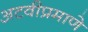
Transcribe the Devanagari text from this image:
अटवीप्रमाणे